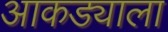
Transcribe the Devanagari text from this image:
आकड्याला